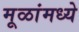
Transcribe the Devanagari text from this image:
मूळांमध्ये